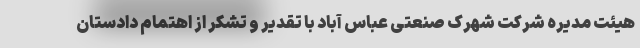
هیئت مدیره شرکت شهرک صنعتی عباس آباد با تقدیر و تشکر از اهتمام دادستان